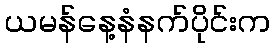
ယမန်နေ့နံနက်ပိုင်းက